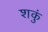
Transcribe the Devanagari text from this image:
शकुं